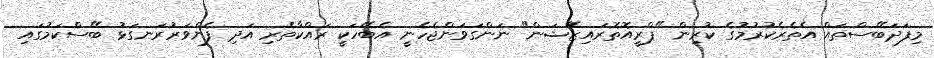
މިފަދަބޭސްތައް އެތެރެކުރުމުގެ ކުރިން "ޕްރީއޮތޮރައިޒޭޝަން" ނަންގަވަންޖެހެނީ އެބޭހަކީ ރައްކާތެރި އަދި ފެންވަރުރަނގަޅު ބޭސްކަމުގައި